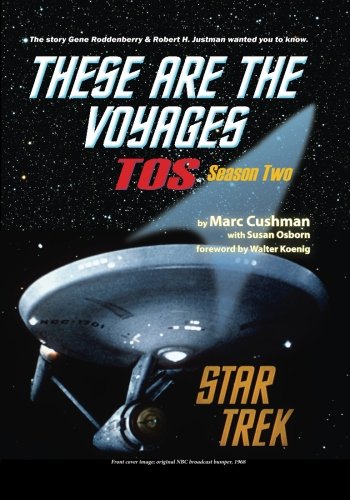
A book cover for These are the Voyages - TOS: Season Two (Volume 2); Marc Cushman; Humor & Entertainment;